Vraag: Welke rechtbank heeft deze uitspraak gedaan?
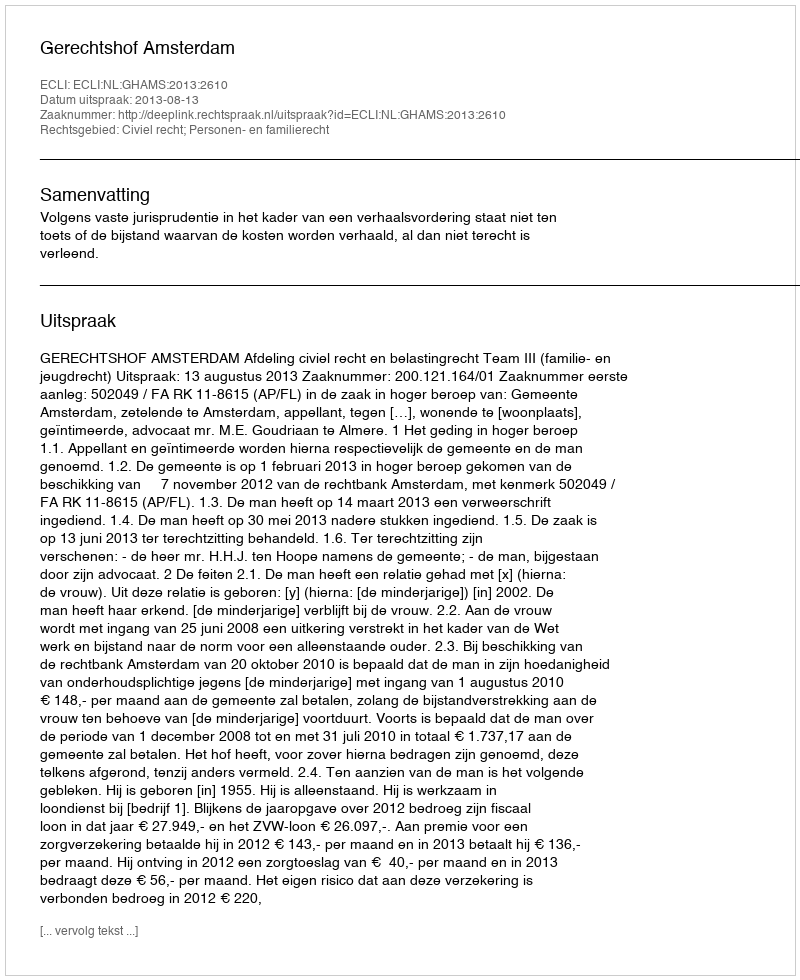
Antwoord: Gerechtshof Amsterdam